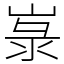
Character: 㟤